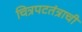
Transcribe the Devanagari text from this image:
चित्रपटतंत्राची